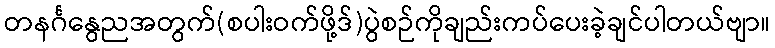
တနင်္ဂနွေညအတွက်(စပါးဝက်ဖို့ဒ်)ပွဲစဉ်ကိုချည်းကပ်ပေးခဲ့ချင်ပါတယ်ဗျာ။